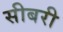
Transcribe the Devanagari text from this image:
सीबरी